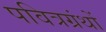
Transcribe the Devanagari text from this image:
पवित्रग्रंथों